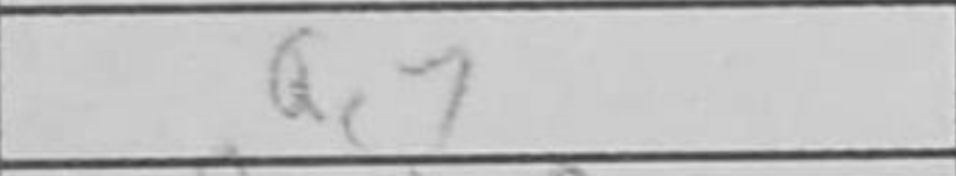
Transcription: Qc7